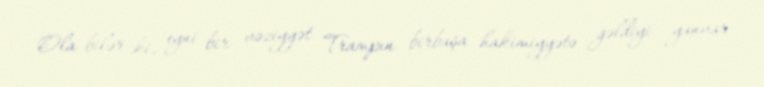
Ola bilər ki, eyni bir vəziyyət Trampın birbaşa hakimiyyətə gəldiyi yanvar